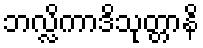
ဘလ္လိကာဒိသုတ္တာနိ